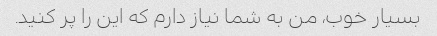
بسیار خوب، من به شما نیاز دارم که این را پر کنید.